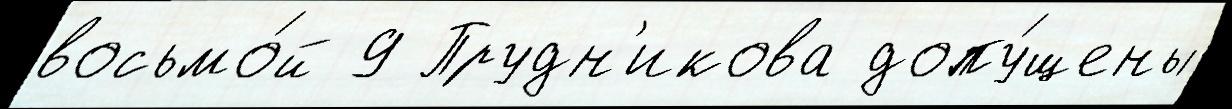
восьмо́й 9 Прудн'икова допу́щены